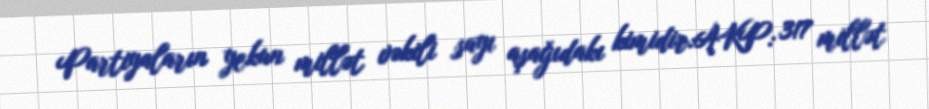
Partiyaların yekun millət vəkili sayı aşağıdakı kimidir:AKP: 317 millət